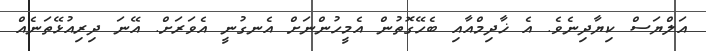
އަލްޔަސް ކިޔާދިނެވެ. އެ ޚާދިމްއާއި ބެހޭގޮތުން އެމީހުންނަށް އެނގުނީ އެވަރަށް. އޭނަ ދިރިއުޅޭތަނެއް